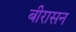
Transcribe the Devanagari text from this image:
बीरासन